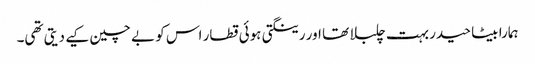
ہمارا بیٹا حیدر بہت چلبلا تھا اور رینگتی ہوئی قطار اس کو بے چین کیے دیتی تھی۔